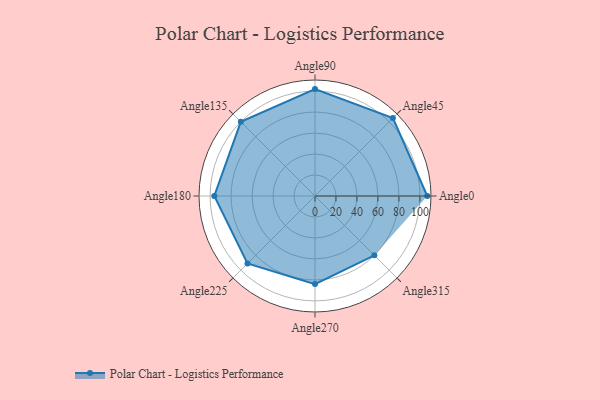
{"axis": {"x": "Angle", "y": "Radius"}, "legend": [""], "data": [{"x": "Angle0", "y": 107.0, "type": ""}, {"x": "Angle45", "y": 105.0, "type": ""}, {"x": "Angle90", "y": 102.0, "type": ""}, {"x": "Angle135", "y": 100.0, "type": ""}, {"x": "Angle180", "y": 96.0, "type": ""}, {"x": "Angle225", "y": 91.0, "type": ""}, {"x": "Angle270", "y": 84.0, "type": ""}, {"x": "Angle315", "y": 80.0, "type": ""}]}